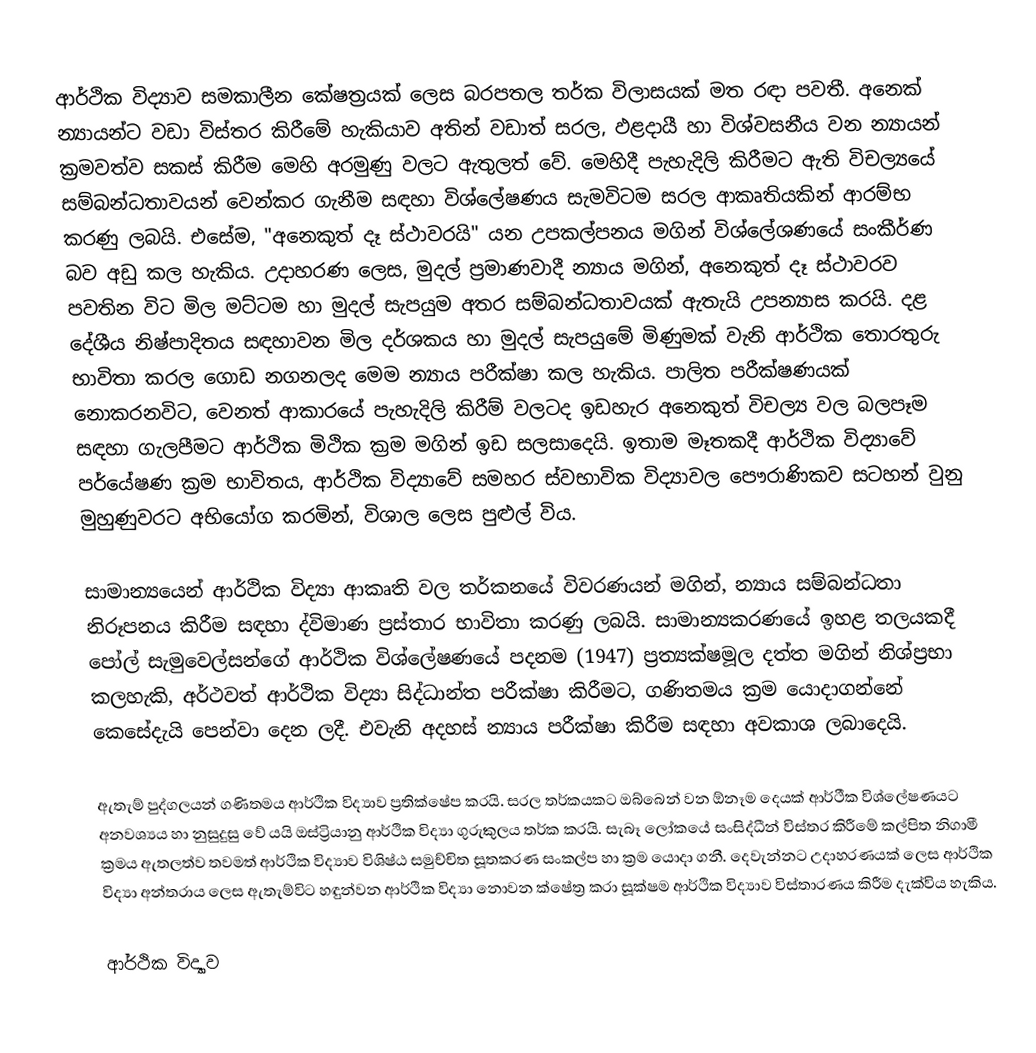
ආර්ථික විද්‍යාව සමකාලීන කේෂත්‍රයක් ලෙස බරපතල තර්ක විලාසයක් මත රඳා පවතී.  අනෙක් න්‍යායන්ට වඩා විස්තර කිරීමේ හැකියාව අතින් වඩාත් සරල, ඵළදායී හා විශ්වසනීය වන න්‍යායන් ක්‍රමවත්ව සකස් කිරීම මෙහි අරමුණු වලට ඇතුලත් වේ. මෙහිදී පැහැදිලි කිරීමට ඇති විචල්‍යයේ සම්බන්ධතාවයන් වෙන්කර ගැනීම සඳහා විශ්ලේෂණය සැමවිටම සරල ආකෘතියකින් ආරම්භ කරණු ලබයි. එසේම, "අනෙකුත් දෑ ස්ථාවරයි" යන උපකල්පනය මගින් විශ්ලේශණයේ සංකීර්ණ බව අඩු කල හැකිය. උදාහරණ ලෙස, මුදල් ප්‍රමාණවාදී න්‍යාය මගින්, අනෙකුත් දෑ ස්ථාවරව පවතින විට මිල මට්ටම හා මුදල් සැපයුම අතර සම්බන්ධතාවයක් ඇතැයි උපන්‍යාස කරයි.  දළ දේශීය නිෂ්පාදිතය සඳහාවන මිල දර්ශකය හා මුදල් සැපයුමේ මිණුමක්  වැනි ආර්ථික තොරතුරු භාවිතා කරල ගොඩ නගනලද මෙම න්‍යාය පරීක්ෂා කල හැකිය.  පාලිත පරීක්ෂණයක් නොකරනවිට, වෙනත් ආකාරයේ පැහැදිලි කිරීම් වලටද ඉඩහැර අනෙකුත් විචල්‍ය වල බලපෑම සඳහා ගැලපීමට ආර්ථික මිථික ක්‍රම මගින් ඉඩ සලසාදෙයි.  ඉතාම මෑතකදී ආර්ථික විද්‍යාවේ පර්යේෂණ ක්‍රම  භාවිතය‚ ආර්ථික විද්‍යාවේ සමහර ස්වභාවික විද්‍යාවල පෞරාණිකව සටහන් වුනු මුහුණුවරට අභියෝග කරමින්‚ විශාල ලෙස පුළුල් විය.

සාමාන්‍යයෙන් ආර්ථික විද්‍යා ආකෘති වල තර්කනයේ  විවරණයන් මගින්, න්‍යාය සම්බන්ධතා නිරූපනය කිරීම සඳහා ද්විමාණ ප්‍රස්තාර භාවිතා කරණු ලබයි. සාමාන්‍යකරණයේ ඉහළ තලයකදී පෝල් සැමුවෙල්සන්ගේ ආර්ථික විශ්ලේෂණයේ පදනම (1947) ප්‍රත්‍යක්ෂමූල දත්ත මගින් නිශ්ප්‍රභා කලහැකි‚ අර්ථවත් ආර්ථික විද්‍යා සිද්ධාන්ත පරීක්ෂා කිරීමට‚ ගණිතමය ක්‍රම යොදාගන්නේ කෙසේදැයි පෙන්වා දෙන ලදී.  එවැනි අදහස් න්‍යාය පරීක්ෂා කිරීම සඳහා අවකාශ ලබාදෙයි.

ඇතැම් පුද්ගලයන් ගණිතමය ආර්ථික විද්‍යාව ප්‍රතික්ෂේප කරයි.  සරල තර්කයකට ඔබ්බෙන් වන ඕනෑම දෙයක් ආර්ථීක විශ්ලේෂණයට අනවශ්‍යය හා නුසුදුසු වේ යයි ඔස්ට්‍රියානු ආර්ථික විද්‍යා ගුරුකුලය තර්ක කරයි. සැබෑ ලෝකයේ සංසිද්ධීන් විස්තර කිරීමේ කල්පිත නිගාමී ක්‍රමය ඇතලත්ව තවමත් ආර්ථික විද්‍යාව විශිෂ්ඨ සමුච්චිත සූතකරණ සංකල්ප හා ක්‍රම යොදා ගනී. දෙවැන්නට උදාහරණයක් ලෙස ආර්ථික විද්‍යා අන්තරාය ලෙස ඇතැම්විට හඳුන්වන ආර්ථික විද්‍යා නොවන ක්ෂේත්‍ර කරා සූක්ෂම ආර්ථික විද්‍යාව විස්තාරණය කිරීම දැක්විය හැකිය.

ආර්ථික විද්‍යාව